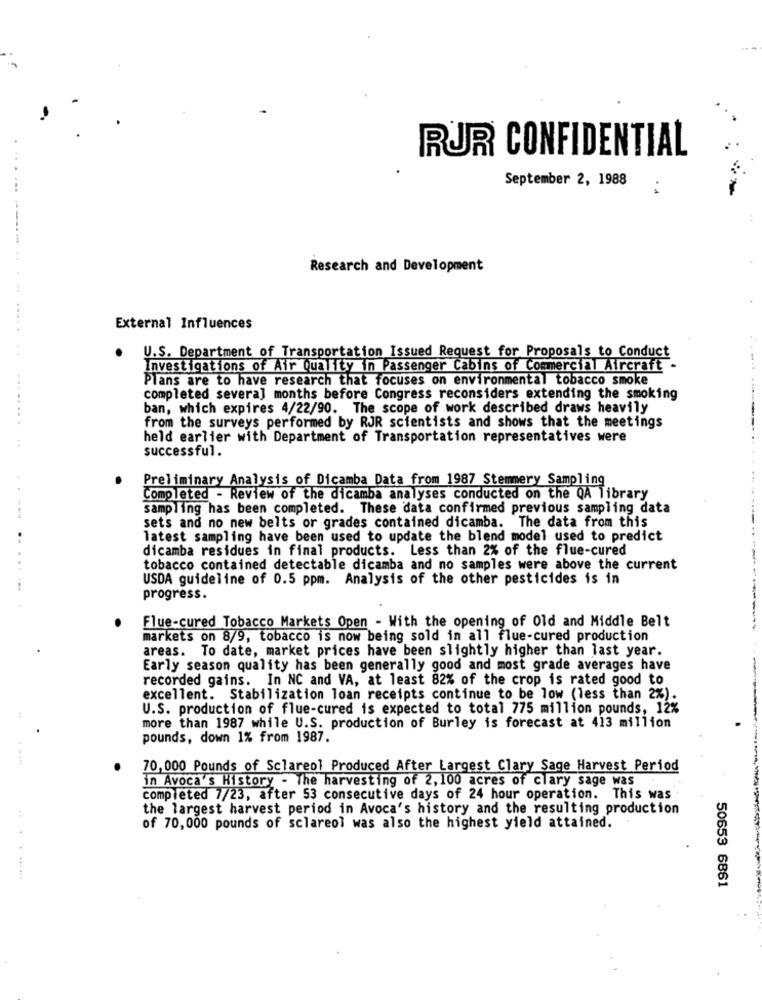
RUR CONFIDENTIAL
September 2, 1988
Research and Development
External Influences
. U.S. Department of Transportation Issued Request for Proposals to Conduct
Investigations of Air Quality in Passenger Cabins of Commercial Aircraft .
Plans are to have research that focuses on environmental tobacco smoke
completed several months before Congress reconsiders extending the smoking
ban, which expires 4/22/90. The scope of work described draws heavily
from the surveys performed by RJR scientists and shows that the meetings
held earlier with Department of Transportation representatives were
successful.
Preliminary Analysis of Dicamba Data from 1987 Stemmery Sampling
Completed - Review of the dicamba analyses conducted on the QA library
sampling has been completed. These data confirmed previous sampling data
sets and no new belts or grades contained dicamba. The data from this
latest sampling have been used to update the blend model used to predict
dicamba residues in final products. Less than 2% of the flue-cured
tobacco contained detectable dicamba and no samples were above the current
USDA guideline of 0.5 ppm. Analysis of the other pesticides is in
progress.
Flue-cured Tobacco Markets Open - With the opening of Old and Middle Belt
markets on 8/9, tobacco is now being sold in all flue-cured production
areas. To date, market prices have been slightly higher than last year.
Early season quality has been generally good and most grade averages have
recorded gains. In NC and VA, at least 82% of the crop is rated good to
excellent. Stabilization loan receipts continue to be low (less than 2%).
U.S. production of flue-cured is expected to total 775 million pounds, 12%
more than 1987 while U.S. production of Burley is forecast at 413 million
pounds, down 1% from 1987.
70, 000 Pounds of Sclareol Produced After Largest Clary Sage Harvest Period
in Avoca's History - The harvesting of 2, 100 acres of clary sage was
completed 7/23, after 53 consecutive days of 24 hour operation. This was
the largest harvest period in Avoca's history and the resulting production
of 70,000 pounds of sclareol was also the highest yield attained.
50653 6861